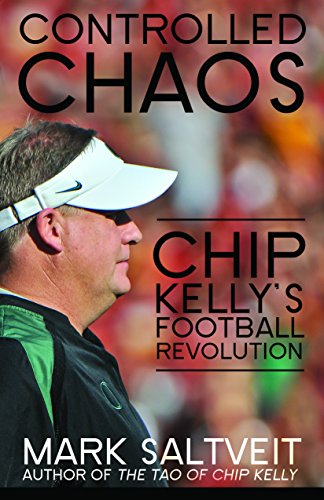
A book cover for Controlled Chaos: Chip Kelly's Football Revolution; Mark Saltveit; Sports & Outdoors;